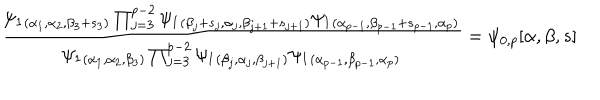
LaTeX: \frac { \psi _ { 1 } { } _ { ( \alpha _ { 1 } , \alpha _ { 2 } , \beta _ { 3 } + s _ { 3 } ) } \prod _ { j = 3 } ^ { p - 2 } \psi _ { 1 } { } _ { ( \beta _ { j } + s _ { j } , \alpha _ { j } , \beta _ { j + 1 } + s _ { j + 1 } ) } \psi _ { 1 } { } _ { ( \alpha _ { p - 1 } , \beta _ { p - 1 } + s _ { p - 1 } , \alpha _ { p } ) } } { \psi _ { 1 } { } _ { ( \alpha _ { 1 } , \alpha _ { 2 } , \beta _ { 3 } ) } \prod _ { j = 3 } ^ { p - 2 } \psi _ { 1 } { } _ { ( \beta _ { j } , \alpha _ { j } , \beta _ { j + 1 } ) } \psi _ { 1 } { } _ { ( \alpha _ { p - 1 } , \beta _ { p - 1 } , \alpha _ { p } ) } } = \psi _ { 0 , p } [ \alpha , \beta , s ]